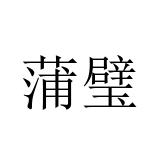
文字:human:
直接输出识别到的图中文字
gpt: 蒲璧